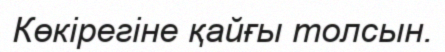
Көкірегіне қайғы толсын.